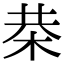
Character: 㭟